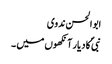
ابو الحسن ندوی
نبیؐ کا دیار آنکھوں میں ۔